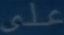
على